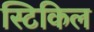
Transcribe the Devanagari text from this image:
स्टिकिल